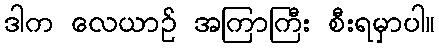
ဒါက လေယာဉ် အကြာကြီး စီးရမှာပါ။